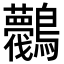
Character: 𪈛